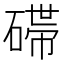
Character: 𬒛